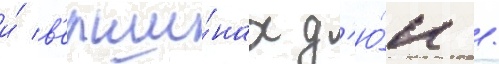
и́ в'ерши́нах д'ю́н /